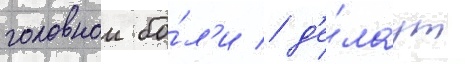
головнои бо́л'и / д'е́лаут